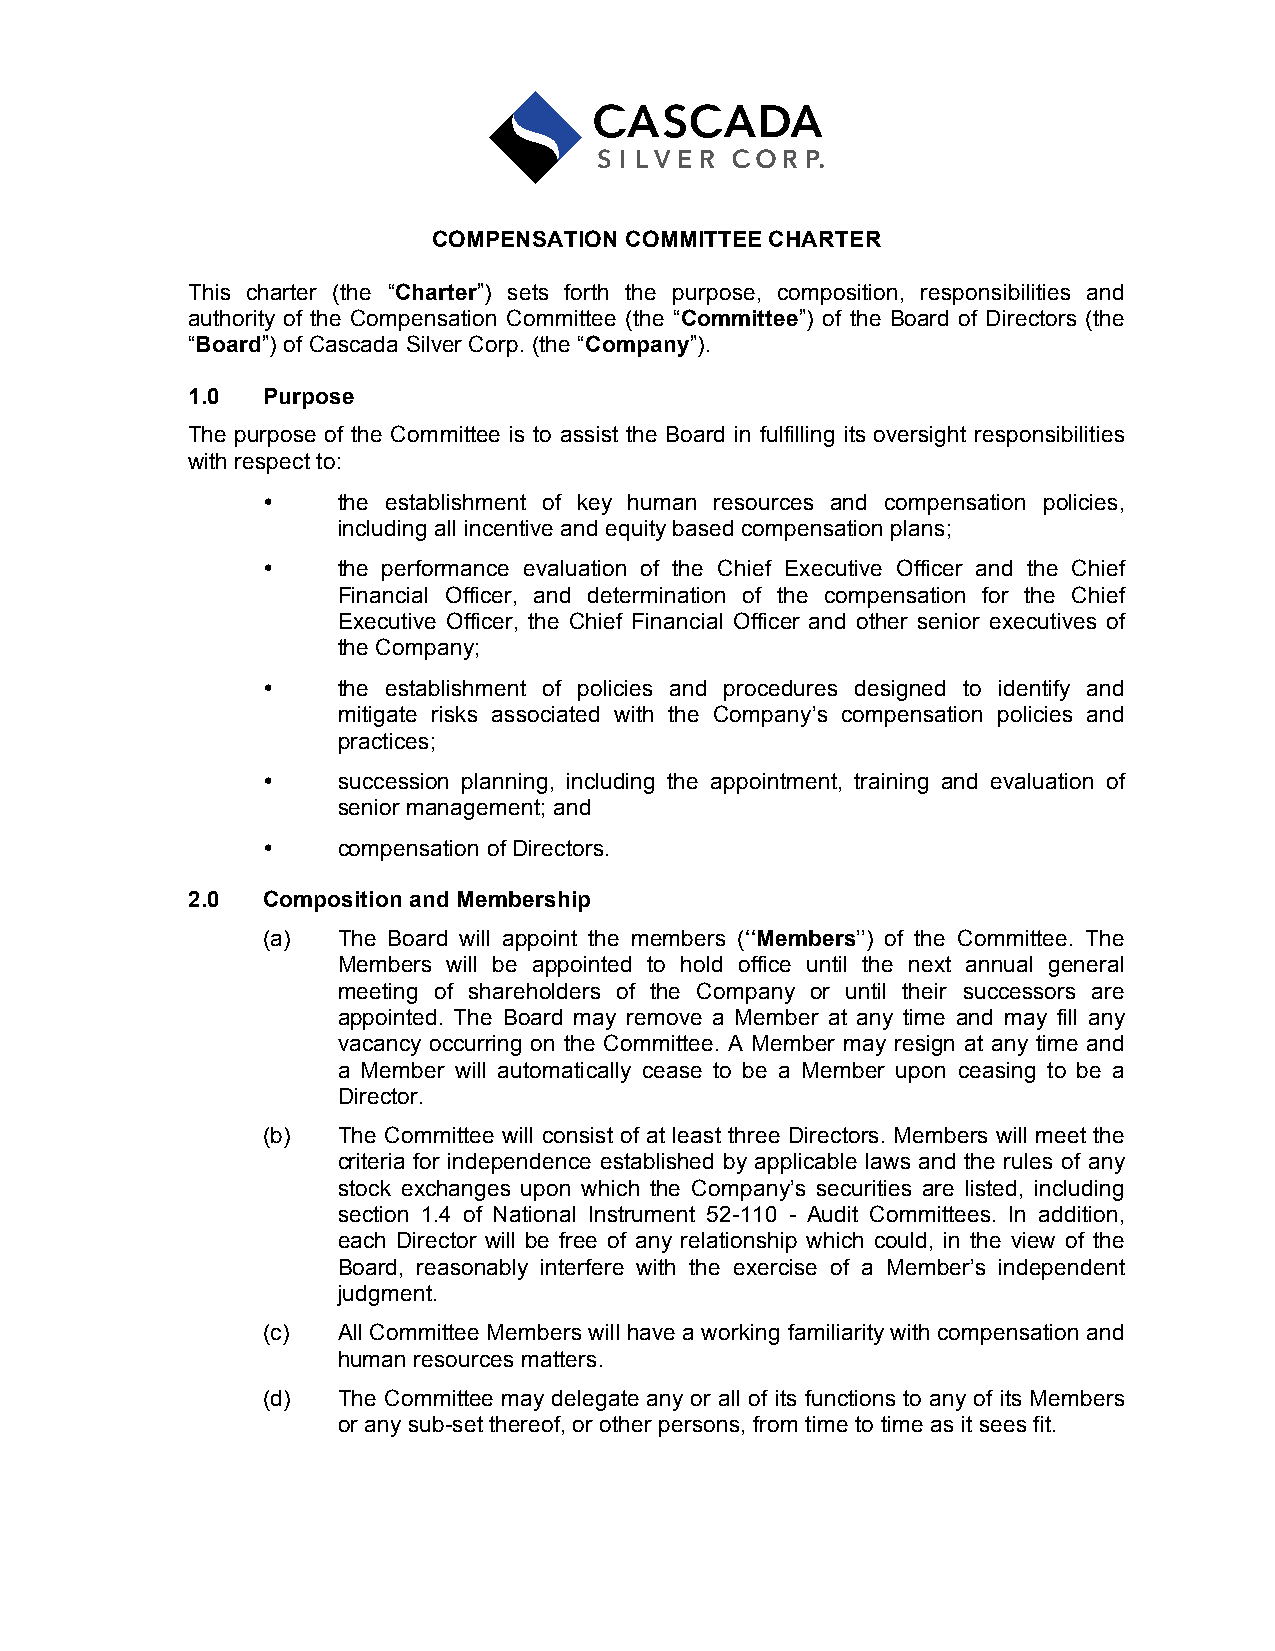
COMPENSATION COMMITTEE CHARTER
 This charter (the “Charter”) sets forth the purpose, composition, responsibilities and
 authority of the Compensation Committee (the “Committee”) of the Board of Directors (the
 “Board”) of Cascada Silver Corp. (the “Company”).
 1.0  Purpose
 The purpose of the Committee is to assist the Board in fulfilling its oversight responsibilities
 with respect to:
 •    the establishment of key human resources and compensation policies,
 including all incentive and equity based compensation plans;
 •    the performance evaluation of the Chief Executive Officer and the Chief
 Financial Officer, and determination of the compensation for the Chief
 Executive Officer, the Chief Financial Officer and other senior executives of
 the Company;
 •    the establishment of policies and procedures designed to identify and
 mitigate risks associated with the Company’s compensation policies and
 practices;
 •    succession planning, including the appointment, training and evaluation of
 senior management; and
 •    compensation of Directors.
 2.0  Composition and Membership
 (a)  The Board will appoint the members (‘‘Members’’) of the Committee. The
 Members will be appointed to hold office until the next annual general
 meeting of shareholders of the Company or until their successors are
 appointed. The Board may remove a Member at any time and may fill any
 vacancy occurring on the Committee. A Member may resign at any time and
 a Member will automatically cease to be a Member upon ceasing to be a
 Director.
 (b)  The Committee will consist of at least three Directors. Members will meet the
 criteria for independence established by applicable laws and the rules of any
 stock exchanges upon which the Company’s securities are listed, including
 section 1.4 of National Instrument 52-110 - Audit Committees. In addition,
 each Director will be free of any relationship which could, in the view of the
 Board, reasonably interfere with the exercise of a Member’s independent
 judgment.
 (c)  All Committee Members will have a working familiarity with compensation and
 human resources matters.
 (d)  The Committee may delegate any or all of its functions to any of its Members
 or any sub-set thereof, or other persons, from time to time as it sees fit.